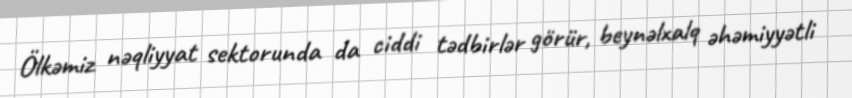
Ölkəmiz nəqliyyat sektorunda da ciddi tədbirlər görür, beynəlxalq əhəmiyyətli